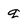
Character: q